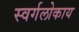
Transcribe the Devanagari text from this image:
स्वर्गलोकाय